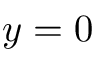
y = 0